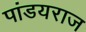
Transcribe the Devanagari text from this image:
पांडयराज